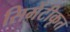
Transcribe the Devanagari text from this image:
सिमेंटीकृत